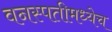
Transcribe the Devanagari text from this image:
वनस्पतीमध्येच